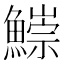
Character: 𩻃